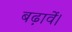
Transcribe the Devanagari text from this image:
बढ़ावें।